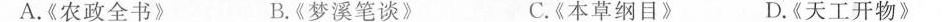
A.《农政全书》 B.《梦溪笔谈》 C.《本草纲目》 D.《天工开物》